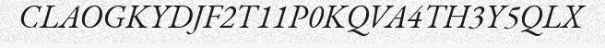
CLAOGKYDJF2T11P0KQVA4TH3Y5QLX